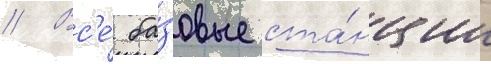
// Вс'е́ ба́зовые ста́нции